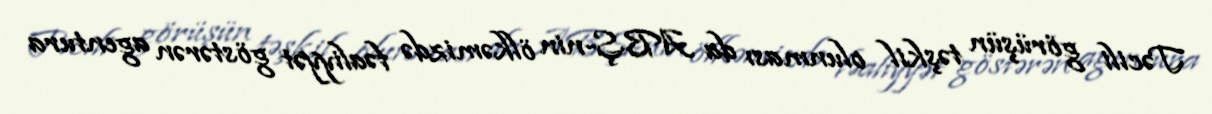
Təcili görüşün təşkil olunması da ABŞ-nin ölkəmizdə fəaliyyət göstərən agentura